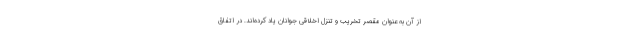
از آن به عنوان مقصر تخریب و تنزل اخلاقی جوانان یاد کرده‌اند. در اتفاق